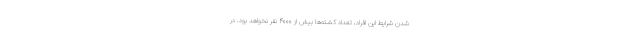
شدن شرایط این افراد، تعداد کشته‌ها بیش از ۴۰۰۰ نفر نخواهد بود. در